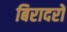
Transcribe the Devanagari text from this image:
बिरादरों